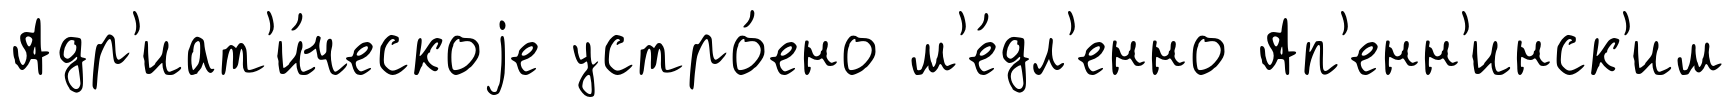
Адр'иат'и́ческоjе устро́ено м'е́дл'енно Ап'енн'инск'им